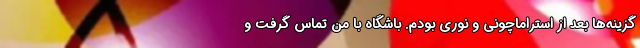
گزینه‌ها بعد از استراماچونی و نوری بودم. باشگاه با من تماس گرفت و